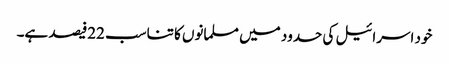
خود اسرائیل کی حدود میں مسلمانوں کا تناسب 22فیصد ہے۔